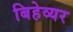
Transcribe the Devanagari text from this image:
बिहेव्यर